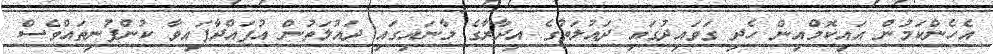
އެހެންކަމުން އައިކޮމްއިން ހެދި ގަވައިދުގައި ދައުލަތުގެ އިދާރާގެ މާނައިގައި ދައުލަތުން އުފައްދާފައިވާ ކުންފުނިތައްވެސް